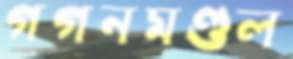
গগনমণ্ডল